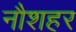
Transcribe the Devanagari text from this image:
नौशहर